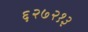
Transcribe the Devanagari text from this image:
६२७२१३